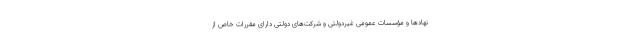
نهادها و مؤسسات عمومی غیردولتی و شرکت‌های دولتی دارای مقررات خاص از